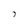
Character: i